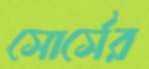
সোর্সের